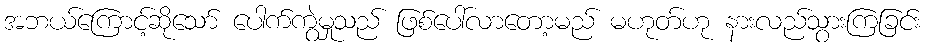
အဘယ်ကြောင့်ဆိုသော် ပေါက်ကွဲမှုသည် ဖြစ်ပေါ်လာတော့မည် မဟုတ်ဟု နားလည်သွားကြခြင်း